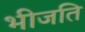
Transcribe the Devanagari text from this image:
भीजति